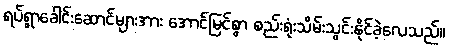
ရပ်ရွာခေါင်းဆောင်များအား အောင်မြင်စွာ စည်းရုံးသိမ်းသွင်းနိုင်ခဲ့လေသည်။